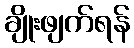
ချိုးဖျက်ရန်